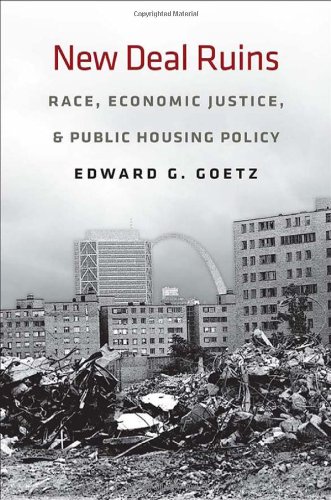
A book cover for New Deal Ruins: Race, Economic Justice, and Public Housing Policy; Edward G. Goetz; Politics & Social Sciences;